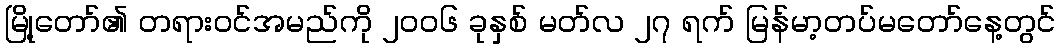
မြို့တော်၏ တရားဝင်အမည်ကို ၂၀၀၆ ခုနှစ် မတ်လ ၂၇ ရက် မြန်မာ့တပ်မတော်နေ့တွင်